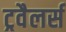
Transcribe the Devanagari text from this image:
ट्रवैलर्स